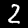
Digit: 2